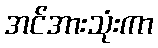
အင်အားသုံးကာ